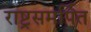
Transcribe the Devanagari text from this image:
राष्ट्रसमर्पित